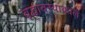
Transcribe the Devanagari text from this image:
वृद्धावस्थाकाल